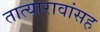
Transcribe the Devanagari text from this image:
तात्यारावांसह